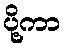
ပို့ကာ